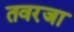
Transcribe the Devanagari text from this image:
तवरजा